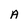
Character: A